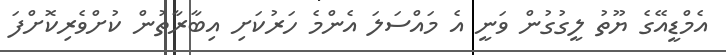
އެމްޑީއޭގެ ޔޫތު ލީގުގުން ވަނީ އެ މައްސަލަ އެންމެ ހަރުކަށި އިބާރާތުން ކުށްވެރިކޮށްފަ